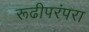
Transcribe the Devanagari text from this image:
रूढीपरंपरा